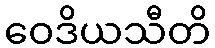
ဝေဒိယသီတိ